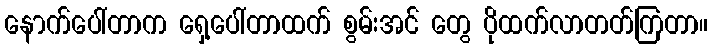
နောက်ပေါ်တာက ရှေ့ပေါ်တာထက် စွမ်းအင် တွေ ပိုထက်လာတတ်ကြတာ။